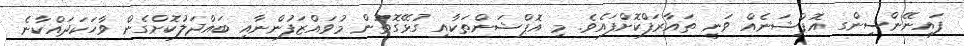
ފައިނޭންސިންގ އޮޕްޝަނެއް ވަނީ ތައާރަފްކޮށްފައެވެ. މި އޮޕްޝަންތަކާއި ގުޅޭގޮތުން މުވައްޒަފުންނާއި ބައްދަލުކޮށްގެން ވާހަކަދައްކާނެ